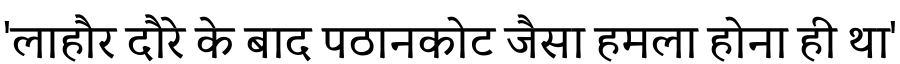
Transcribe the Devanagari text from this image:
'लाहौर दौरे के बाद पठानकोट जैसा हमला होना ही था'